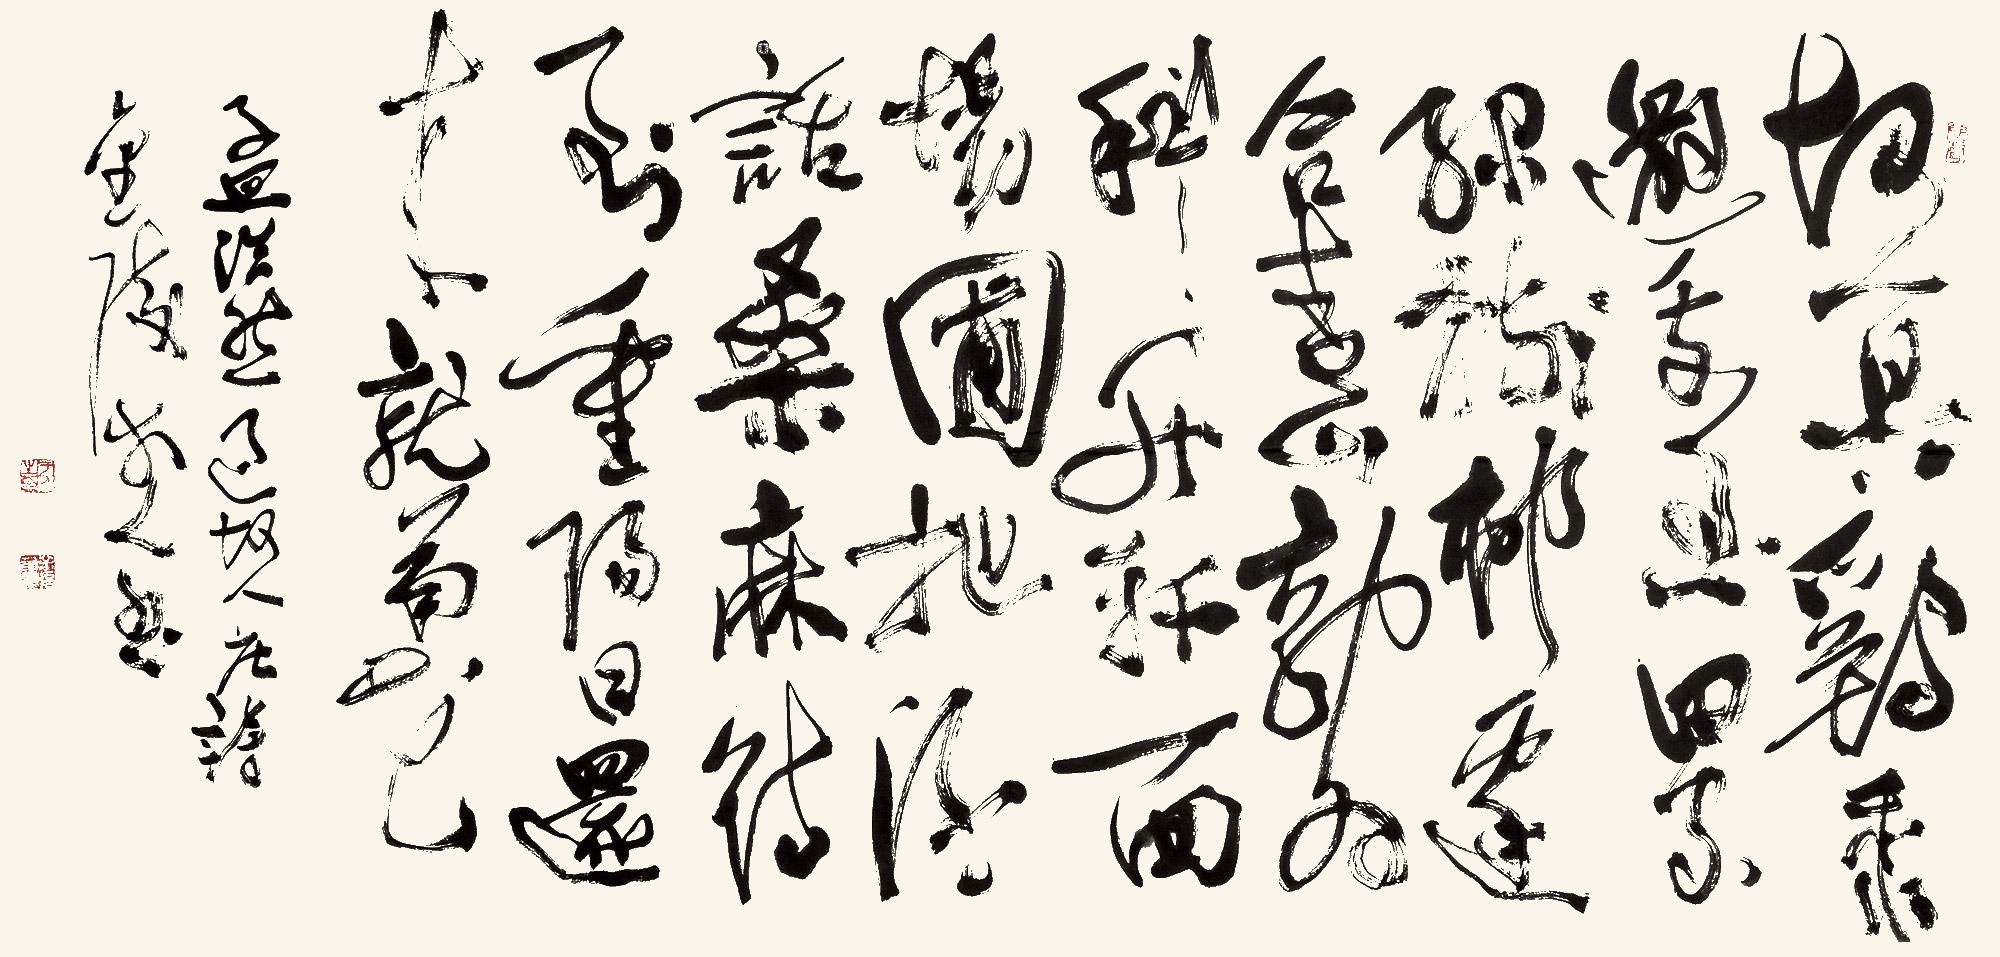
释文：孟浩然遇故人作诗，金陵于人书。故人具鸡黍，邀我至田家。绿树村边合，青山郭外斜。开轩面场圃，把酒话桑麻。待到重阳日，还来就菊花。